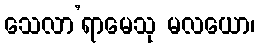
သေလာ’ရာမေသု မလယော၊